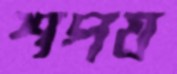
শপয